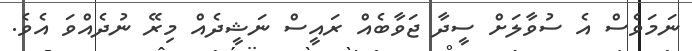
ނަމަވެސް އެ ސުވާލަށް ސީދާ ޖަވާބެއް ރައީސް ނަޝީދެއް މިރޭ ނުދެއްވަ އެވެ.